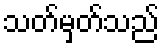
သတ်မှတ်သည်